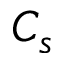
C _ { s }